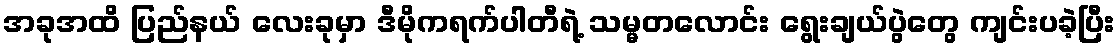
အခုအထိ ပြည်နယ် လေးခုမှာ ဒီမိုကရက်ပါတီရဲ့ သမ္မတလောင်း ရွေးချယ်ပွဲတွေ ကျင်းပခဲ့ပြီး